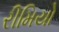
રીમિયો